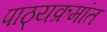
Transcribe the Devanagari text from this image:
पाठ्यक्रमांत